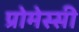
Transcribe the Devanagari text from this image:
प्रोमेस्सी